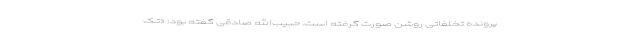
پرونده تخلفاتی روشن صورت گرفته است. حبیب‌الله صادقی گفته بود: «تک